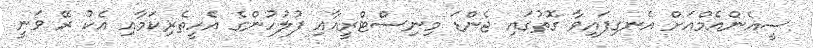
ސީއެންއެމްއަށް އެނގިފައިވާ ގޮތުގައި ޖެންޑަ މިނިސްޓްރީއާއި ފުލުހުންގެ އެހީތެރިކަމާއި އެކު ރޭ ވަނީ